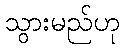
သွားမည်ဟု